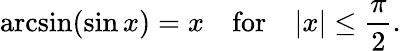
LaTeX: \arcsin(\sin x)=x\quad{\mathrm{for}}\quad|x|\leq{\frac{\pi}{2}}.